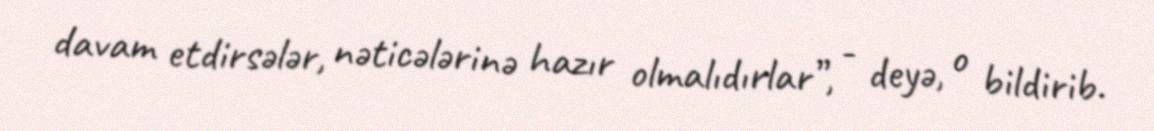
davam etdirsələr, nəticələrinə hazır olmalıdırlar”, - deyə, o bildirib.